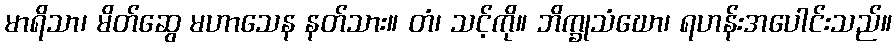
မာရိသာ၊ မိတ်ဆွေ မဟာသေန နတ်သား။ တံ၊ သင့်ကို။ ဘိက္ခုသံဃော၊ ရဟန်းအပေါင်းသည်။